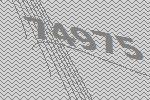
74975